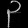
Digit: ၃